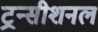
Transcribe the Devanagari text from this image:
ट्रन्सीशनल